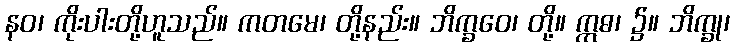
နဝ၊ ကိုးပါးတို့ဟူသည်။ ကတမေ၊ တို့နည်း။ ဘိက္ခဝေ၊ တို့။ ဣဓ၊ ၌။ ဘိက္ခု၊